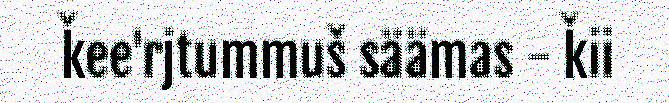
ǩee'rjtummuš säämas - ǩii